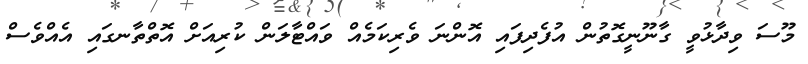
މޫސަ ވިދާޅުވީ ގާނޫނީގޮތުން އުފެދިފައި އޮންނަ ވެރިކަމެއް ވައްޓާލަން ކުރިއަށް އޮތްތާނގައި އެއްވެސް